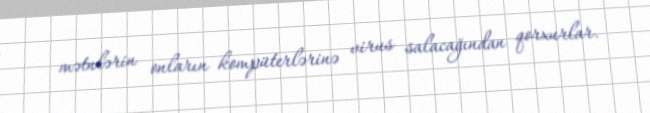
mətnlərin onların kompüterlərinə virus salacağından qorxurlar.